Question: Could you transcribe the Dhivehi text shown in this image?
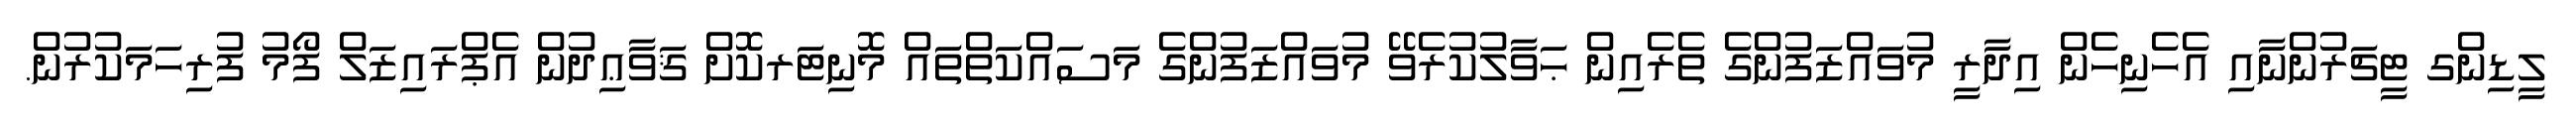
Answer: ލީޑިންގ ޓީޗަރުންނާއި އެހެނިހެން އިދާރީ މުވައްޒަފުންގެ ތެރެއިން ޙަވާލުކުރެވޭ މުވައްޒަފުންގެ މަސައްކަތްތައް މޮނިޓަރކޮށް ޤަވާޢިދުން އެޕްރައިޒަލް ފޯމު ފުރިހަމަކުރުން.